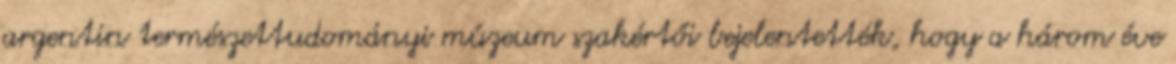
argentin természettudományi múzeum szakértői bejelentették, hogy a három éve